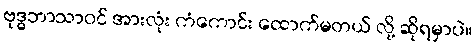
ဗုဒ္ဓဘာသာဝင် အားလုံး ကံကောင်း ထောက်မတယ် လို့ ဆိုရမှာပဲ။